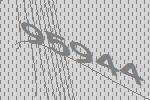
95944